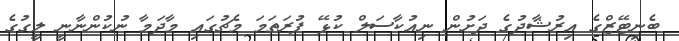
ބެނިޓޭޒްގެ އިރުޝާދުގެ ދަށުން ނިއުކާސަލް ކުޅޭ ފުރަތަމަ މެޗުގައި މާދަމާ ނުކުންނާނީ ލީގުގެ